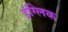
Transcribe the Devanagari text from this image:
इंग्लिक